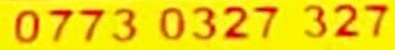
0773 0327 327